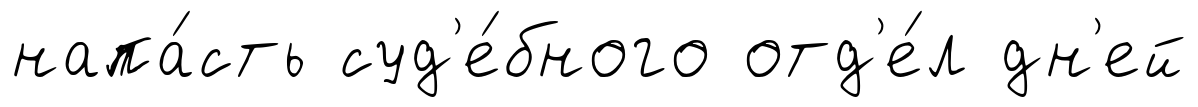
напа́сть суд'е́бного отд'е́л дн'ей